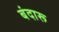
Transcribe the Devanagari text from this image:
बंदारू